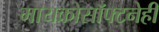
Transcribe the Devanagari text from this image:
मायक्रोसॉफ्टनेही